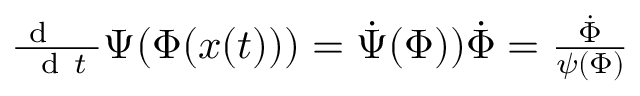
\begin{array} { r } { \frac { \mathrm { ~ d ~ \, ~ \, ~ } } { \mathrm { ~ d ~ } t } \Psi ( \Phi ( { \boldsymbol x } ( t ) ) ) = \dot { \Psi } ( \Phi ) ) \dot { \Phi } = \frac { \dot { \Phi } } { \psi ( \Phi ) } } \end{array}